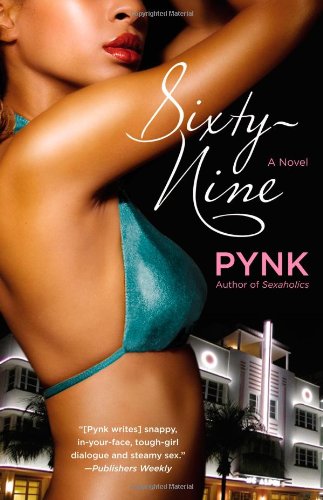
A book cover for Sixty-Nine; Pynk; Romance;